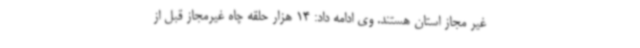
غیر مجاز استان هستند. وی ادامه داد: 14 هزار حلقه چاه غیرمجاز قبل از